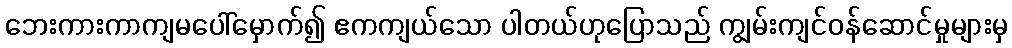
ဘေးကားကာကျမပေါ်မှောက်၍ ဧကကျယ်သော ပါတယ်ဟုပြောသည် ကျွမ်းကျင်ဝန်ဆောင်မှုများမှ